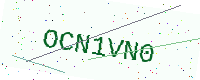
Text: OCN1VN0